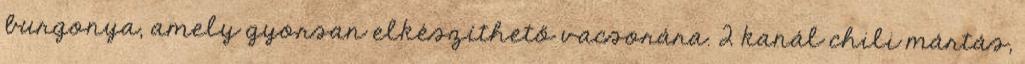
burgonya, amely gyorsan elkészíthető vacsorára. 2 kanál chili mártás,